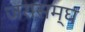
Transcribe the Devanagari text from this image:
जरासम्घ